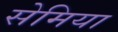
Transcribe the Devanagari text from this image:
सेमिया